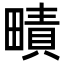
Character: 𤳎